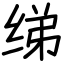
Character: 绨